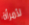
لأمرأة